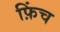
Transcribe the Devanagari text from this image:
फ़िंच